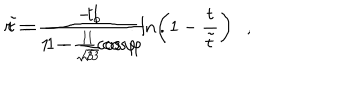
r = \frac { - 1 } { 1 - \frac { 1 } { \sqrt { 3 } } \cos { \varphi } } \ln \left( 1 - \frac { t } { \tilde { t } } \right) , \hspace { . 2 i n } \tilde { t } = \frac { t _ { o } } { 1 - \frac { 1 } { \sqrt { 3 } } \cos { \varphi } } .